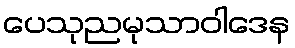
ပေသုညမုသာဝါဒေန